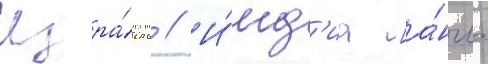
Изра́иль // И́нд'иа [а́нгл.